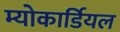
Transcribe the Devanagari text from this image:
म्योकार्डियल